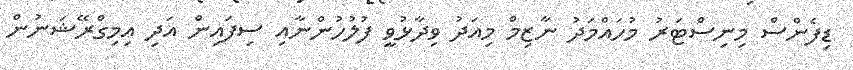
ޑިފެންސް މިނިސްޓަރު މުހައްމަދު ނާޒިމް މިއަދު ވިދާޅުވީ ފުލުހުންނާއި ސިފައިން އަދި އިމިގްރޭޝަނުން